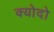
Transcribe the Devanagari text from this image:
क्योदो